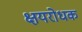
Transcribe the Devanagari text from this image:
क्षयरोधक